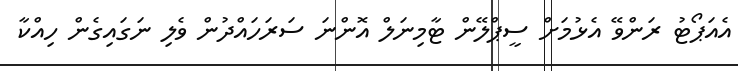
އެއަޕޯޓު ރަންވޭ އެޅުމަށް ސީޕްލޭން ޓާމިނަލް އޮންނަ ސަރަހައްދުން ވެލި ނަގައިގެން ހިއްކާ